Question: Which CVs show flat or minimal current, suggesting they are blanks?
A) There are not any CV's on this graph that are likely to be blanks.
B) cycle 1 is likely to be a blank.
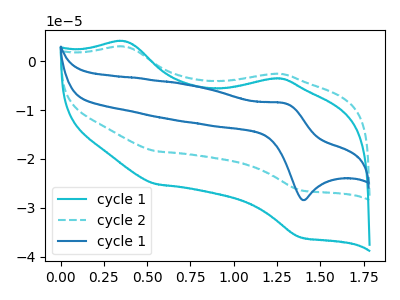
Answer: <think>The cyan curve "cycle 1" has anodic peaks at (0.35V, 4.00uA) (1.25V, -3.55uA) and cathodic peaks at (0.55V, -25.15uA) (1.40V, -36.00uA). The cyan dashed curve "cycle 2" has anodic peaks at (0.35V, 2.95uA) (1.25V, -2.60uA) and cathodic peaks at (0.55V, -18.45uA) (1.40V, -26.40uA). The blue curve "cycle 1" has an anodic peak at (1.30V, -8.60uA) and a cathodic peak at (1.40V, -28.40uA).</think>
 <answer>A) There are not any CV's on this graph that are likely to be blanks.</answer>
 <eval>A</eval>